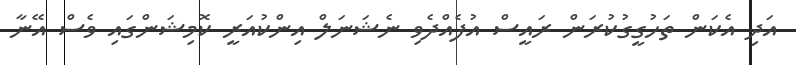
އަދި އެކަން ތަހުގީގުކުރަން ރައީސް އުފެއްދެވި ނެޝަނަލް އިންކުއަރީ ކޮމިޝަންގައި ވެސް އޭނާ